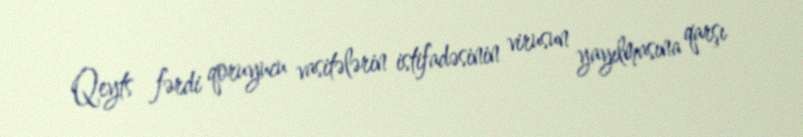
Qeyts fərdi qoruyucu vasitələrin istifadəsinin virusun yayılmasına qarşı